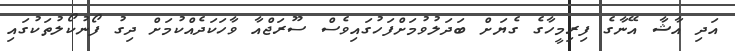
އަދި އާޝާ އޭނާގެ ފިރިމީހާގެ ގެޔަށް ބަދަލުވުމަށްފަހުގައިވެސް ސޫރަޖްއާ ވާހަކަދެއްކުމަށް ދިގު ފޯނުކޯލުތަކުގައި